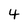
Character: 4